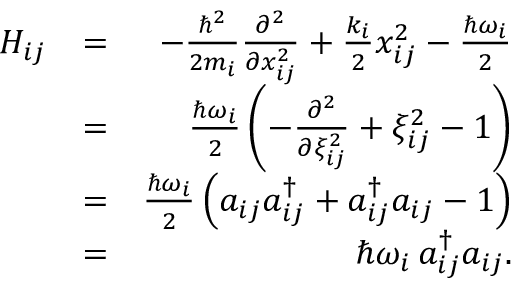
\begin{array} { r l r } { H _ { i j } } & { = } & { - \frac { \hbar ^ { 2 } } { 2 m _ { i } } \frac { \partial ^ { 2 } } { \partial x _ { i j } ^ { 2 } } + \frac { k _ { i } } { 2 } x _ { i j } ^ { 2 } - \frac { \hbar \omega _ { i } } { 2 } } \\ & { = } & { \frac { \hbar \omega _ { i } } { 2 } \left( - \frac { \partial ^ { 2 } } { \partial \xi _ { i j } ^ { 2 } } + \xi _ { i j } ^ { 2 } - 1 \right) } \\ & { = } & { \frac { \hbar \omega _ { i } } { 2 } \left( a _ { i j } a _ { i j } ^ { \dag } + a _ { i j } ^ { \dag } a _ { i j } - 1 \right) } \\ & { = } & { \hbar \omega _ { i } \, a _ { i j } ^ { \dag } a _ { i j } . } \end{array}